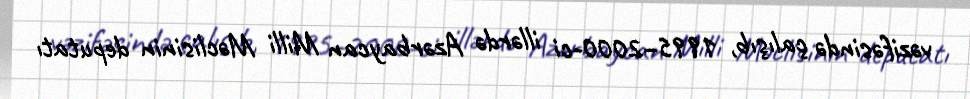
vəzifəsində çalışıb, 1995–2000-ci illərdə Azərbaycan Milli Məclisinin deputatı